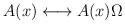
LaTeX: \begin{align*}A(x)\longleftrightarrow A(x)\Omega \end{align*}